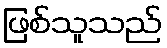
ဖြစ်သူသည်